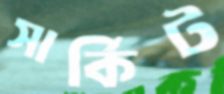
সার্কিট